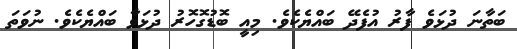
ބަތާނަ ދުޅަވެ ފާރު އުފެދޭ ބައްޔެކެވެ. މިއީ ބޮޑުގޮހޮރު ދުޅަވާ ބައްޔެކެވެ. ނުވަތަ